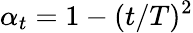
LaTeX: \alpha_{t}=1-(t/T)^{2}